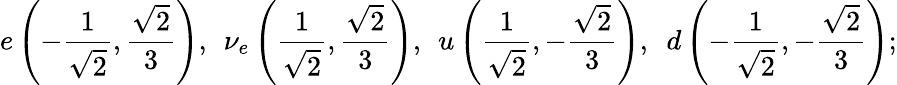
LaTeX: e\left(-\frac{1}{\sqrt{2}},\frac{\sqrt{2}}{3}\right),\; \, \nu_{e}\left(\frac{1}{\sqrt{2}},\frac{\sqrt{2}}{3}\right),\; \, u\left(\frac{1}{\sqrt{2}},-\frac{\sqrt{2}}{3}\right),\, \, \, d\left(-\frac{1}{\sqrt{2}},-\frac{\sqrt{2}}{3}\right);